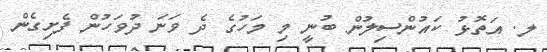
ލ. އަތޮޅު ކައުންސިލުން ބުނީ މި މަހުގެ ދެ ވަނަ ދުވަހުން ފެށިގެން